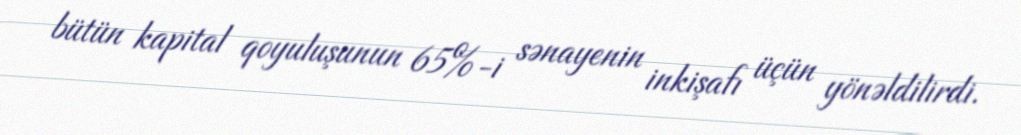
bütün kapital qoyuluşunun 65%-i sənayenin inkişafı üçün yönəldilirdi.